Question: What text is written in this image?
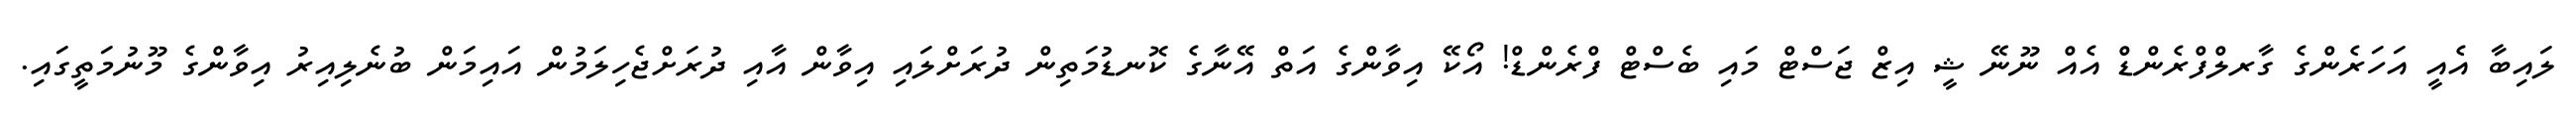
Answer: ލައިބާ އެއީ އަހަރެންގެ ގާރލްފްރެންޑް އެއް ނޫނޭ ޝީ އިޒް ޖަސްޓް މައި ބެސްޓް ފްރެންޑް! އޯކޭ އިވާންގެ އަތް އޭނާގެ ކޮނޑުމަތިން ދުރަށްލައި އިވާން އާއި ދުރަށްޖެހިލަމުން އައިމަން ބުނެލިއިރު އިވާންގެ މޫނުމަތީގައި.